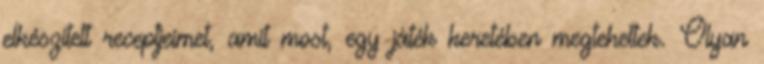
elkészített receptjeimet, amit most, egy játék keretében megtehettek. Olyan